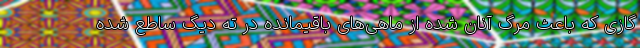
گازی که باعث مرگ آنان شده از ماهی‌های باقیمانده در ته دیگ ساطع شده